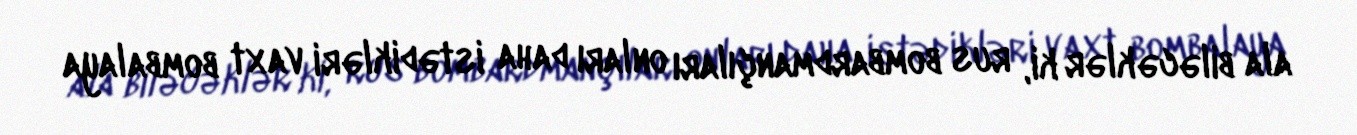
ala biləcəklər ki, rus bombardmançıları onları daha istədikləri vaxt bombalaya